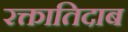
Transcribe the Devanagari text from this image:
रक्तातिदाब